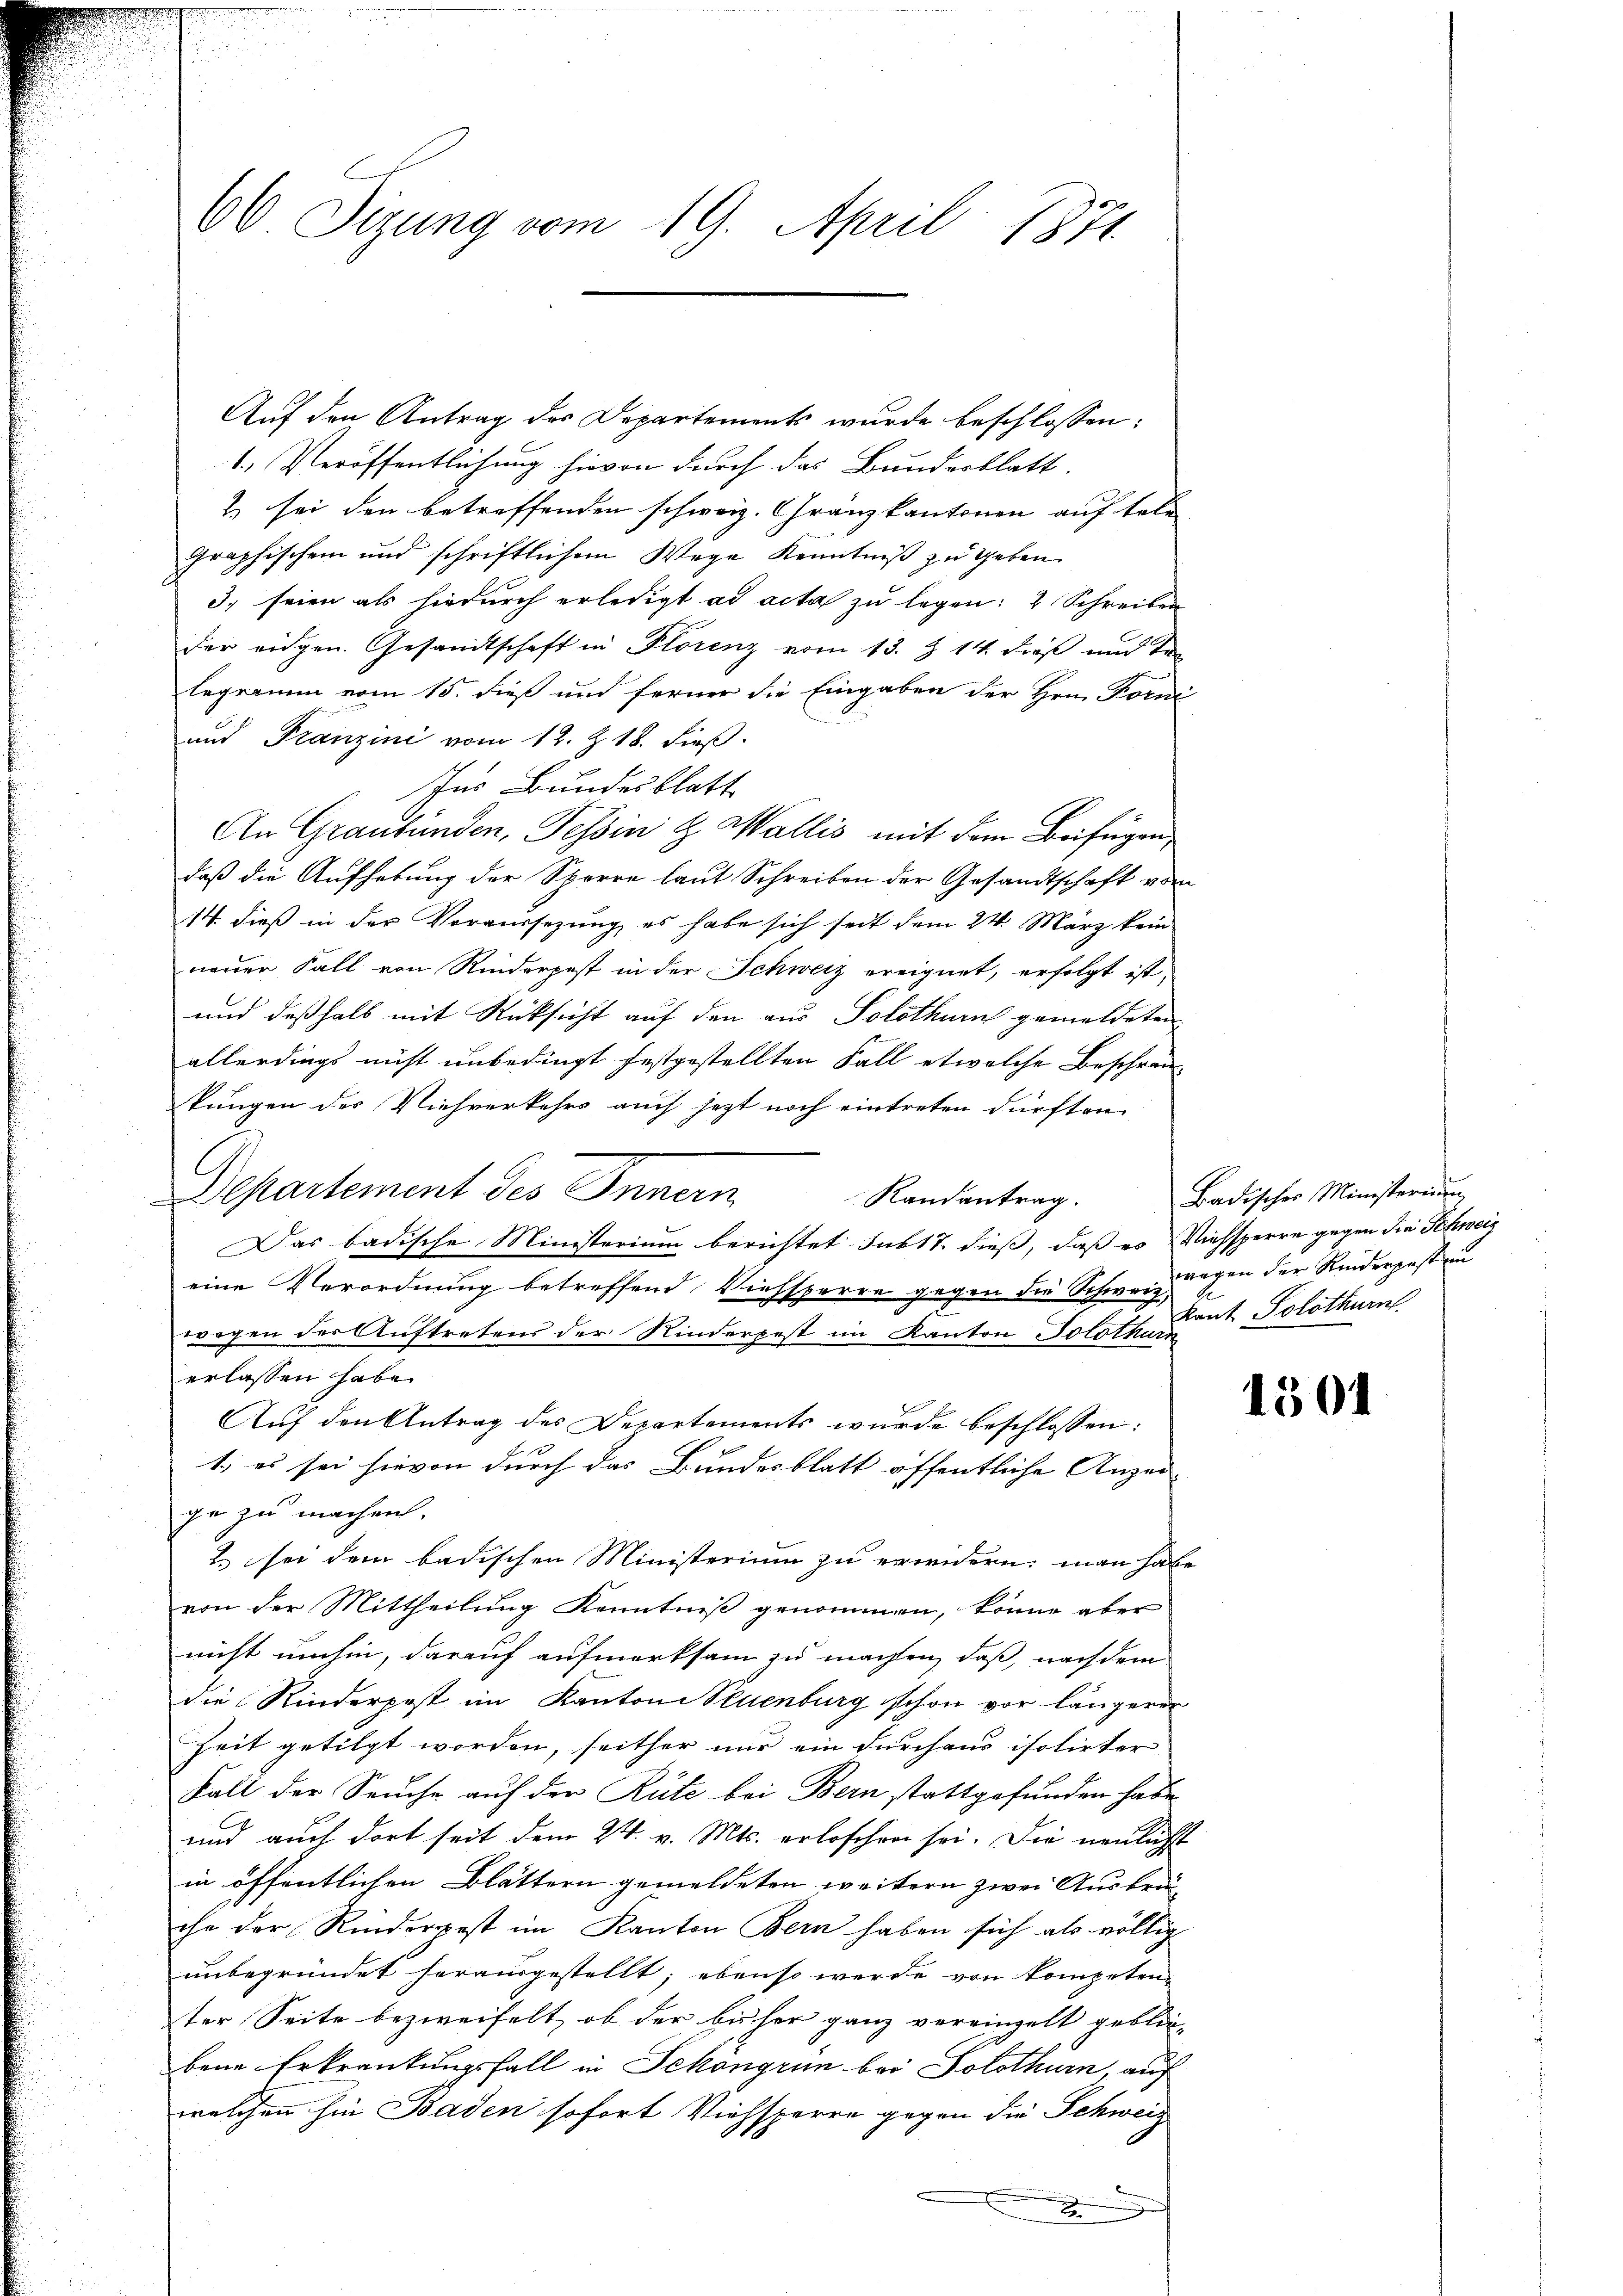
Auf den Antrag des Departements wurde beschlossen:
1.) Veröffentlichung hievon durch das Bunderblatt.
2 sei den betreffenden schweiz. Gränzkantonen auf tele-
graphischen und schriftlichem Wege Kenntniß zu geben
3. seien als hiedurch erledigt ad acta zu legen: 2 Schreiben
der eidgen. Gesandtschaft in Plorenz vom 13. Z. 14 dieß und Tr
legramm vom 15. dieß und ferner die Eingaben der Hrn. Forni
und Franzini vom 12. Z. 18. dieß.
Ins Bundesblatt
An Graubünden, Tessin & Wallis mit dem Beifügen,
daß die Aufhebung der Sperre laut Schreiben der Gesandtschaft vom
14. dieß in der Voraussezung, es habe sich seit dem 24. März kein
neuer Fall von Rinderpest in der Schweiz ereignet, erfolgt ist;
und deßhalb mit Rücksicht auf den aus Solothurn gemeldeten
allerdings nicht unbedingt festgestellten Fall etwelche Beschrän-
kungen des Viehverkehrs auch jetzt noch eintreten dürften.
Separtement des Innern
Randantrag.
Das badische Ministerium berichtet Juktt. dieß, daß es Viehsperre gegen die Schweiz
eine Verordnung betreffend Viehsperre gegen die Schweizungen der Kinderpost un
wegen der Auftretens der Rinderpest im Kanton Soloth. Laut Solothurn
erlassen habe.
Auf den Antrag des Departements wurde beschlossen:
1., es sei hievon durch das Bundesblatt öffentliche Anzei-
ge zu machen,
2. sei dem badischen Ministerium zu erwidern: man habe
von der Mittheilung Kenntniß genommen, könne aber
nicht umhin, darauf aufmerksam zu machen, daß, nach dem
die Rinderpost im Kantone Neuenburg schon vor längerer
Zeit getilgt worden, seither nur ein durchaus isolirter
Fall der Seuche auf der Rüte bei Bern stattgefunden habe,
und auch dort seit dem 24. v. Mts. erloschen sei. Die neulichst
in öffentlichen Blättern gemeldeten weitern zwei Ausbru-
che der Rinderpest im Kanton Bern haben sich als völlig
unbegründet herausgestellt; ebenso werde von kompeten-
ter Seite bezweifelt, ob der bisher ganz vereinzelt geblie-
bene Erkrankungsfall in Schongrun bei Solothurn, auf
welchen hin Baden sofort Viehsperre gegen die Schweig
x

60 Sizung vom 19. April 1871.

Badischer Ministerium

1501